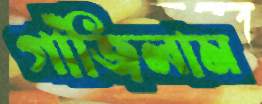
গাঁজিলাম